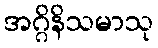
အဂ္ဂိနိသမာသု